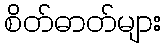
စိတ်ဓာတ်များ